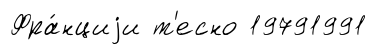
Фра́нциjи т'есно 19791991